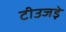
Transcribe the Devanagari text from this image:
टीउजड़े